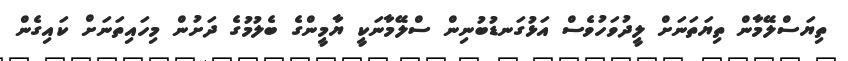
ތިޔަސްލޭމާން ތިޔަތަނަށް ލީދުވަހުވެސް އަޅުގަނޑުބުނިން ސްލޭމާނަކީ ޔާމީންގެ ބެލުމުގެ ދަށުން މިހައިތަނަށް ކައިގެން